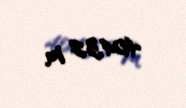
404,32 m